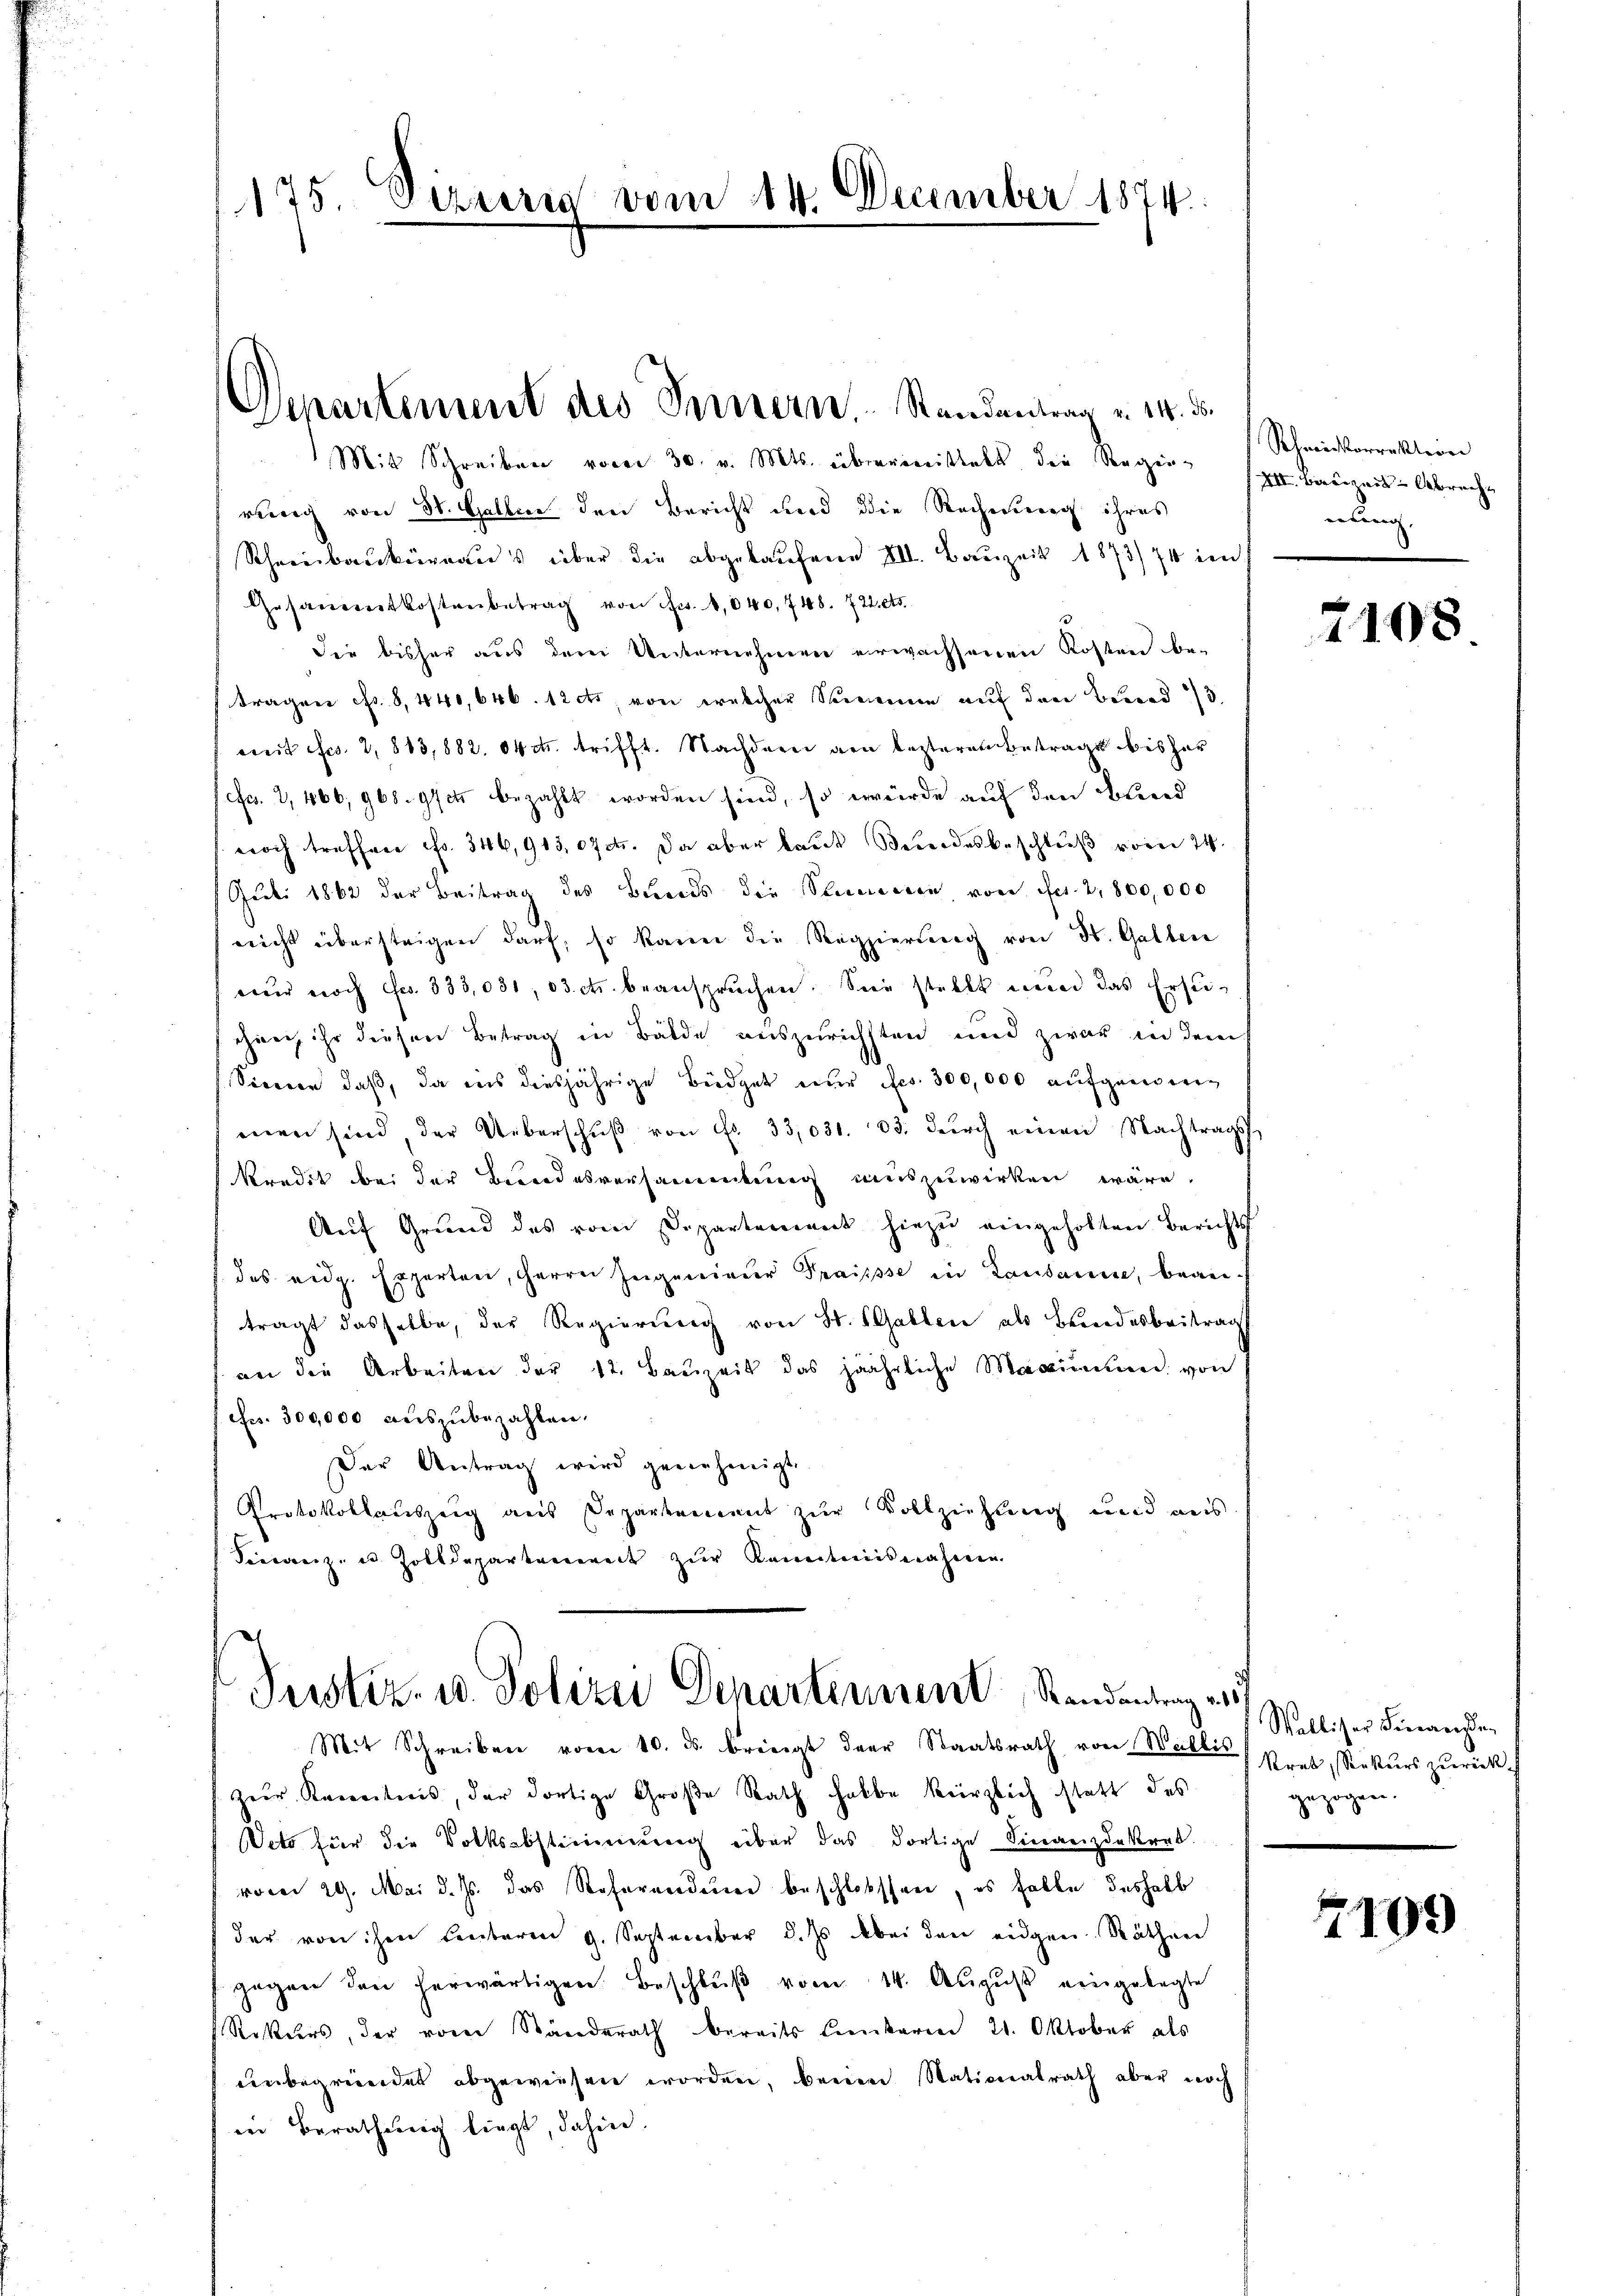
175 Sizuria vom 14. December 1874.

Mit Schreiben vom 30. v. Mts. überrinistalt die Regen spar Bauzeit Abreche
rung von St. Gallen den Bericht und die Rechnung ihres
Schreibaukürraus über die abgekaŭfene VII. Bauzeit 1873/74 in
Gesammtkostenbetrag von fr. 4,040, 748. 722. et.
die bisher aus dem Unternehmen erwachsenen Kosten be-
tragen f. 8, 440,646. 12 cts, von welcher Summe auf den Berad 3.
weit efcs. 2, 813,882. 04 cr. trifft. Nachdem von lezteren Betrage bis zur
(cf. 2, 466, 968. yetz bezahlt worden sind, so würde auf den Bleid
noch treffen Fr. 346,913,074. Da aber laut Stundesbeschluß vom 24.
Guli 1862 der Beitrag des Beerds die Stimmenen von Fr. 2,800,000
nicht übersteigen darf, so kann die Regierung von St. Gallen
wer noch Fr. 335,031, 03. etc. beansprŭchen. Sie stellt nun das Erse-
chien, ihr diesen Betrag in Bälde auszurichsten und zwar in dem
Sinnen, daß, da ins diesjährige Büdget nur es. 300,000 aufgemeinmen sind, der Ueberschŭβ von Fr. 33,031. 33. dŭrch einen Nachtrags-
kredit bei der Bundesversammlung auszuwirken wäre.
Aŭf Grŭnd des vom Departement hiezŭ eingeholten Berichts
des eidg. Experten, Herrn Ingenieur Praisse in Lausanne, beanträgt dasselbe, der Regierung von St. Gallen als Bundesbeitrag
an die Arbeiten der 12. Baŭzeit das jährliche Maximilie von
/Ffes. 300,000 auszubezahlen,
Der Antrag wird genehmigt.
Protokollauszeig aus Departement zur Vollziehung und aus
Sieranz u. Zolldeparteniret zŭr Kenntnisnahmen

Departement des Sennern, Randantrag v. 14. ds.

Justiz- u. Polizei Departement Randantrag es

Mit Schreiben vom 10. ds. bringt der Staatsrath von Wallis, Pret, Rekŭrs zŭrück.
zur Kenntnis, der dortige Große Rath halbe kürzlich statt des
Weto für die Volksabstimmung über das dortige Finanzdakral.
vom 29. Mai d. Js. das Referandauer beschlossen, es falle deshalb
der von ihm Centaren g. September d. Js. bei den eidgen. Räthen
gegen den herwärtigen Beschlŭβ vom 14. Aŭgŭst eingelegte
Rekurs, der vom Ständerath bereits linkeren 21. Oktober als
unbegründet abgewiesen worden, benen Nationalrath aber noch
in Berathung liegt, dahin.

Schmidtorrektion
nung

7108

Walliser Finanzen
gezogen.

7109